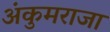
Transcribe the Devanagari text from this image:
अंकुमराजा